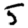
Digit: 5